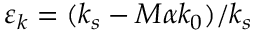
\varepsilon _ { k } = ( k _ { s } - M \alpha k _ { 0 } ) / k _ { s }